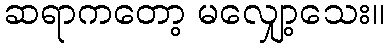
ဆရာကတော့ မလျှော့သေး။